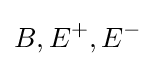
B,E^{+},E^{-}